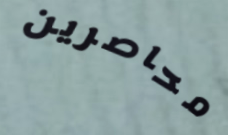
محاصرين